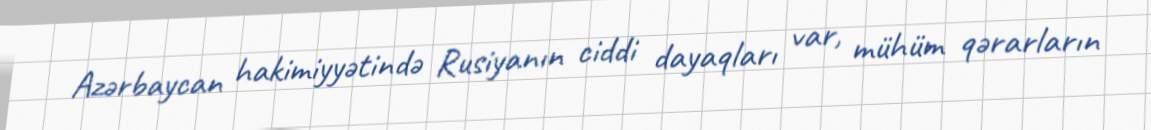
Azərbaycan hakimiyyətində Rusiyanın ciddi dayaqları var, mühüm qərarların